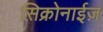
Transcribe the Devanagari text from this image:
सिक्रोनाईज़